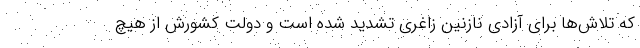
که تلاش‌ها برای آزادی نازنین زاغری تشدید شده است و دولت کشورش از هیچ